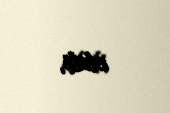
etdi.